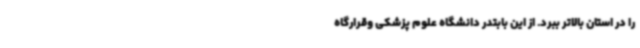
را در استان بالاتر ببرد. از این بابتدر دانشگاه علوم پزشکی وقرارگاه